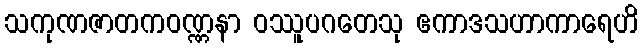
သကုဏဇာတကဝဏ္ဏနာ ဝဿူပဂတေသု ဧကာဒသဟာကာရေဟိ